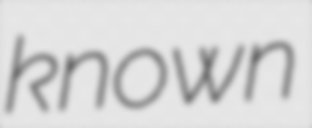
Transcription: known